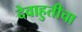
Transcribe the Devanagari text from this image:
देवाहुतीचा